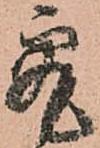
究